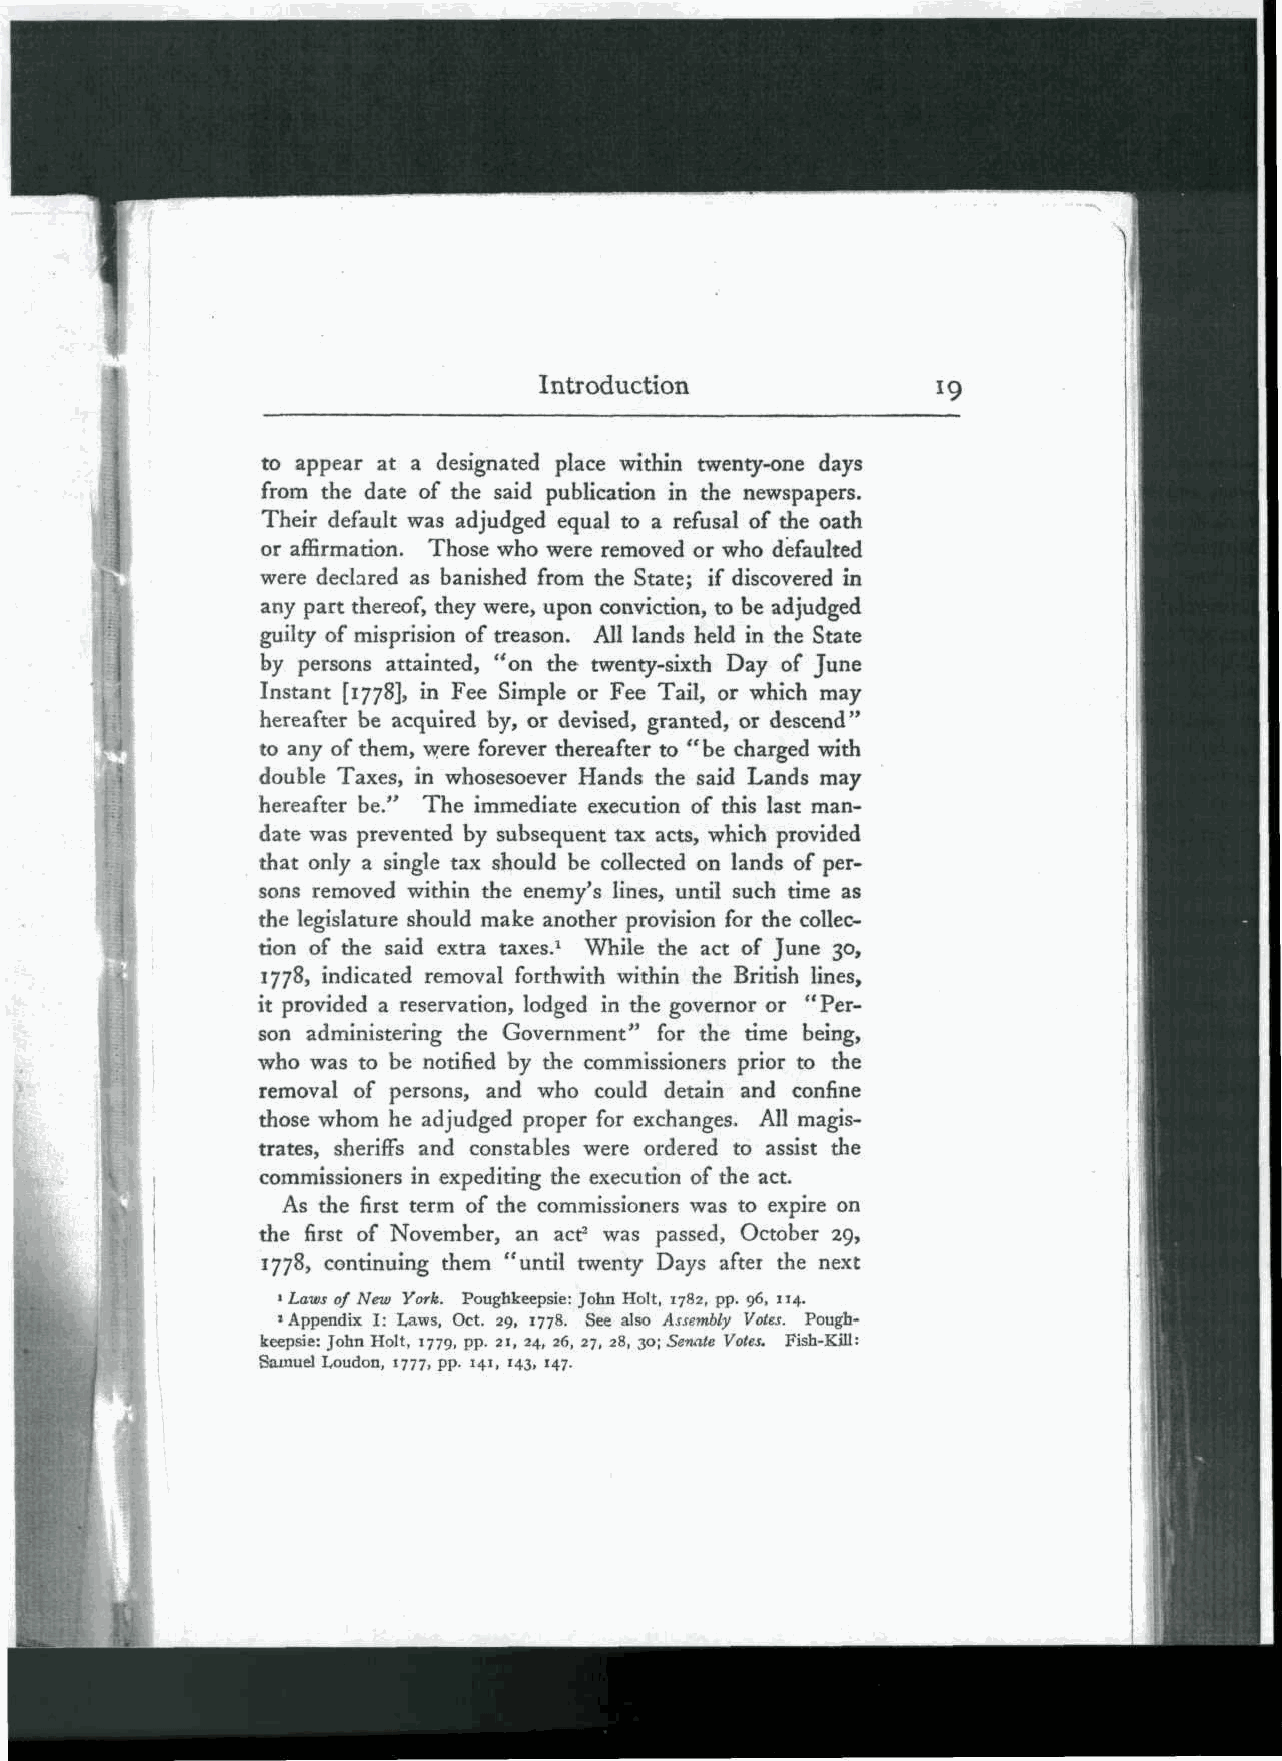
Introduction
 to appear at a designated place within twenty-one days
 from the date of the said publication in the newspapers.
 Their default was adjudged equal to a refusal of the oath
 or affirmation. Those who were removed or who defaulted
 were declared as banished from the State; if discovered in
 any part thereof, they were, upon conviction, to be adjudged
 guilty of misprision of treason. All lands held in the State
 by persons attainted, "on the twenty-sixth Day of June
 Instant [1778], in Fee Simple or Fee Tail, or which may
 hereafter be acquired by, or devised, granted, or descend"
 to any of them, were forever thereafter to " be charged with
 double Taxes, in whosesoever Hands the said Lands may
 hereafter be." The immediate execution of this last man-
 date was prevented by subsequent tax acts, which provided
 that only a single tax should be collected on lands of per-
 sons removed within the enemy's lines, until such time as
 the legislature should make another provision for the collec-
 tion of the said extra taxes.1 While the act of June 30,
 1778, indicated removal forthwith within the British lines,
 it provided a reservation, lodged in the governor or "Per-
 son administering the Government" for the time being,
 who was to be notified by the commissioners prior to the
 removal of persons, and who could detain and confine
 those whom he adjudged proper for exchanges. All magis-
 trates, sheriffs and constables were ordered to assist the
 commissioners in expediting the execution of the act.
 As the first term of the commissioners was to expire on
 the first of November, an act2 was passed, October 29,
 1778, continuing them "until twenty Days after the next
 1 Laws of New York. Poughkeepsie: John Holt, 1782, pp. 96, 114.
 'Appendix I: Laws, Oct. 29, 1778. See also Assembly Votes. Pough-
 keepsie: John Holt, 1779, pp. 21, 24, 26, 27, 28, 30; Senate Votes. Fish-Kill:
 Samuel Loudon, 1777, pp. 141, 143, 147.